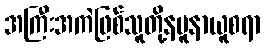
အကြီးအကဲဖြစ်သူတို့နမူနာယူစရာ